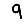
Digit: 9